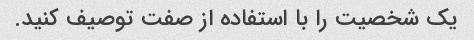
یک شخصیت را با استفاده از صفت توصیف کنید.